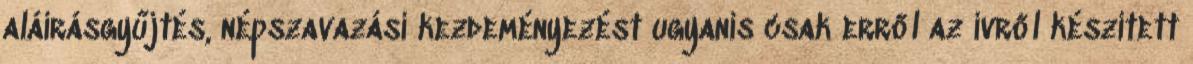
aláírásgyűjtés, népszavazási kezdeményezést ugyanis csak erről az ívről készített